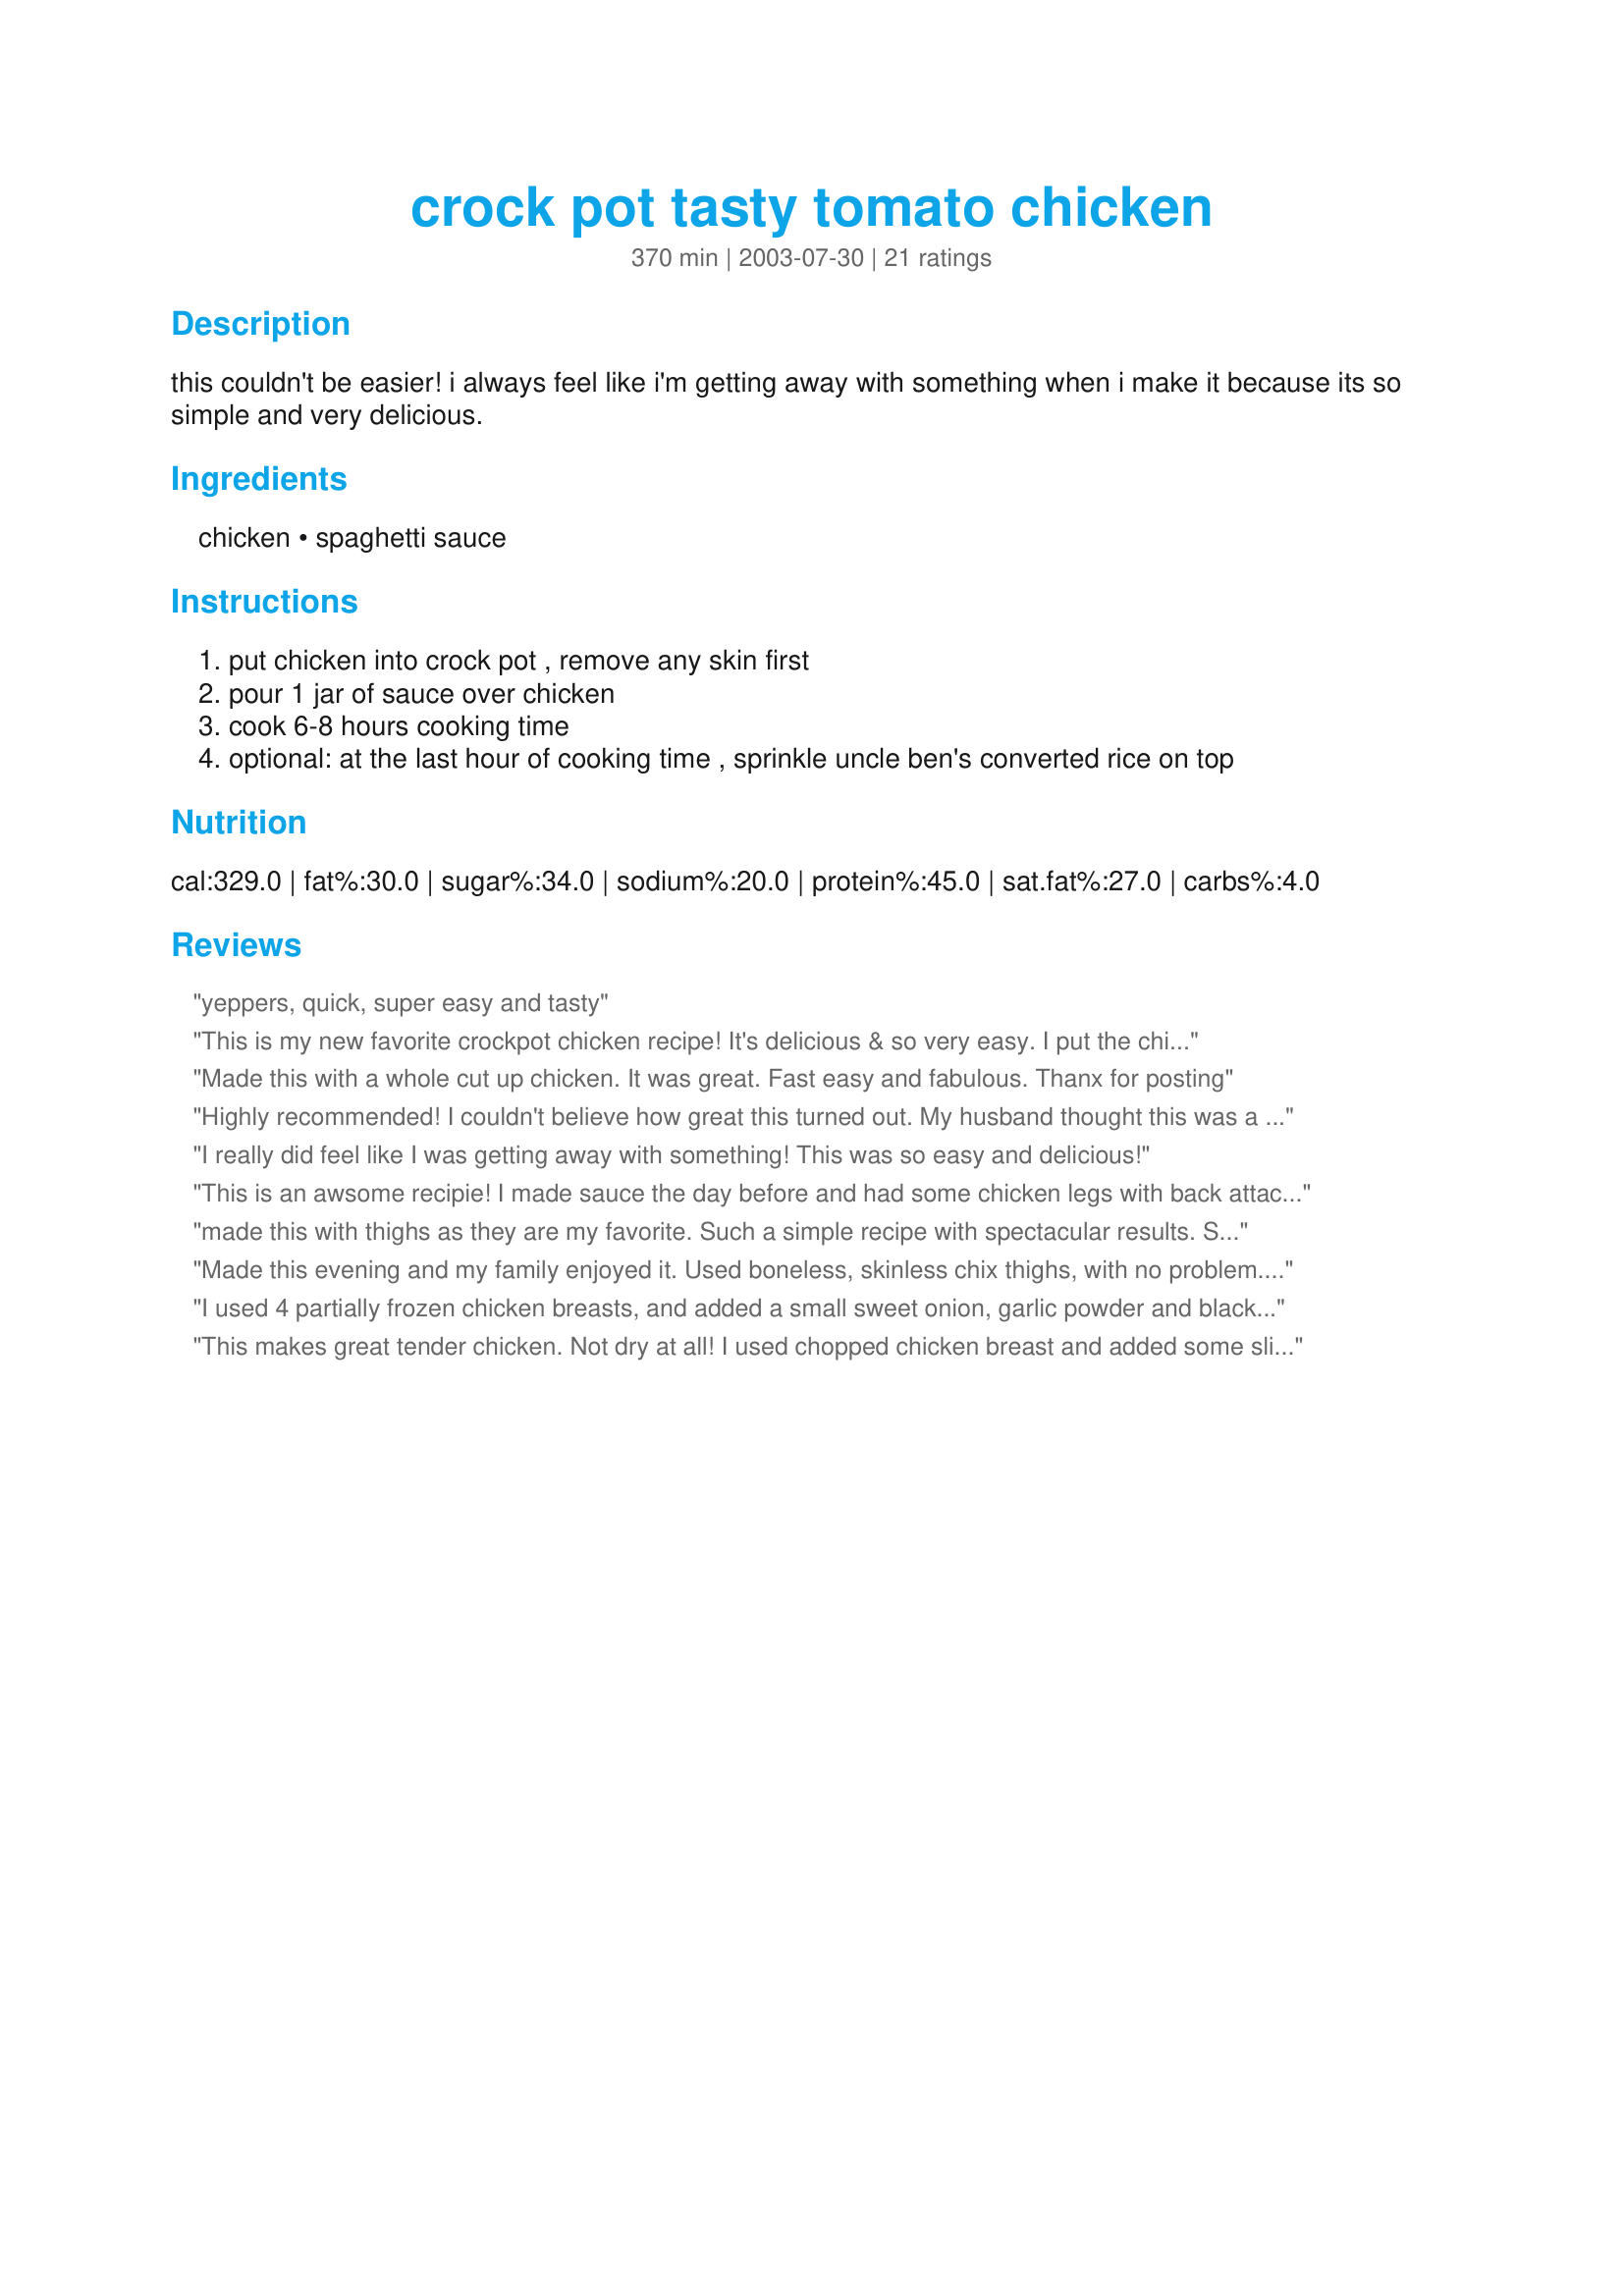
crock pot tasty tomato chicken
Preparation time: 370 minutes

this couldn't be easier! i always feel like i'm getting away with something when i make it because its so simple and very delicious.

Ingredients:
chicken, spaghetti sauce

Steps:
put chicken into crock pot , remove any skin first
pour 1 jar of sauce over chicken
cook 6-8 hours cooking time
optional: at the last hour of cooking time , sprinkle uncle ben's converted rice on top

Reviews:
yeppers, quick, super easy and tasty
This is my new favorite crockpot chicken recipe! It's delicious & so very easy. I put the chicken legs in frozen, just like other reviewers suggested. It turned out great. Thanks so much for this recipe.
Made this with a whole cut up chicken. It was great. Fast easy and fabulous. Thanx for posting
Highly recommended! I couldn't believe how great this turned out. My husband thought this was a "new gourmet dish" that we were having. He was none the wiser about how easy! :-) Tips: Take another reviwers suggestion and put chicken legs in frozen to keep it from separating from the bone. I also added a 4.5 oz jar of whole button mushrooms, and sprinkled the chicken with accent and mixed herbs (i.e. italian seasoning). Also, I sprinkled accent and mixed herbs into the mushroom spaghetti sauce that I used. Mmmmm!
I really did feel like I was getting away with something! This was so easy and delicious!
This is an awsome recipie! I made sauce the day before and had some chicken legs with back attached in the fridge Put the two in the crockpot and enjoyed my day. He was very impressed (he's Italian and is never impressed with my caccatorie!). I served with rice and salad on the side. Great for company too! Thank you
made this with thighs as they are my favorite. Such a simple recipe with spectacular results. Sooooo easy but it turns out delicious and smells wonderful when you walk in the door after work. Also, leftovers are perfect for lunches!! Thanks for posting.
Made this evening and my family enjoyed it. Used boneless, skinless chix thighs, with no problem. (was very tender but did not fall apart in sauce.) Served over pasta, with a salad and bread on side. We sprinkled it with Parmesan cheese when done. Similar taste to a (lower-fat) Chicken Parmesan that way.
I used 4 partially frozen chicken breasts, and added a small sweet onion, garlic powder and black pepper. This was so simple... and, man, the results are great! I will definitely be making this again. (Oh, and I cooked on low for 8 hours since the chicken was not thawed)
This makes great tender chicken. Not dry at all! I used chopped chicken breast and added some sliced mushrooms and Italian herbs. I served this with pasta. Great easy meal!
Made this for supper last night. It was different and good. I added a can of mushrooms and served it over brown rice and a side salad. I would make this again. Thanks for sharing.
So easy and delicious. I made it with chicken legs and a jar of Wegmans Puttanesca Sauce and served the sauce over egg noodles. I was concerned that plain old spaghetti sauce would be a little bland. The Puttanesca sauce gave it just the right amount of zip. This will be a regular for me.
This chicken is surprisingly good! Who would guess that something so easy would be such a winner. Thank you
This is a great easy recipe. I tried it with vodka sauce from Trader Joes - excellent!
This chicken was very tasty and moist. I just tossed in frozen chicken breasts and they cooked up great! I served it with buttered noodles. The sauce was very watery so I didn't use it over the noodles. Thanks Boje for a great new recipe!!!
Good recipe and very easy. I used six chicken breasts and one jar of pasta sauce. The chicken was tender and pulled apart very easy. I cooked pasta to go with it and needed to heat up some additional sauce to serve. The kids really liked it.
Absolutely delicious! Thanks Boje, it is so easy to make, the chicken is so soft and juicy.
Wow! This was just delicious...we just got done eating [served it w/ angel hair and a salad]. I did sprinkle the chicken pieces w/ season salt as i placed them in the crockpot. And i was thinking of adding some tomato paste next time i make it for a thicker sauce...i really liked it as is...can't wait for the leftovers ;) !
I make this with chicken legs at least once a week now! It really is just so simple and the chicken tastes wonderful! We put the sauce over noodles. A tip: if you put the chicken into the pot frozen it doesn't fall off the bone. Thanks for sharing!
Awesome! I added some mushrooms, and Italian Seasoning. The aroma was heavenly!! Will make often.
Wow, this is really simple and delicious!
And smelled so good all day!
Served it with rice nd salad!
Will make this again soon!
Thanks!
